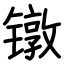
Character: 镦